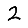
Digit: 2